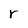
Character: r